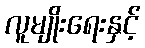
လူမျိုးရေးနှင့်